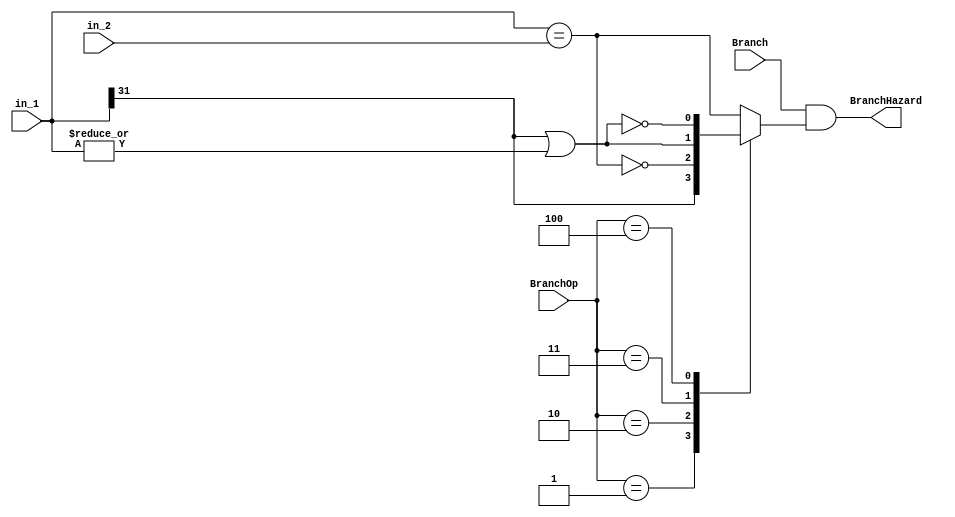
module BranchTest(Branch, BranchOp, in_1, in_2, BranchHazard);
input Branch;
input [2:0] BranchOp;
input [31:0] in_1;
input [31:0] in_2;
output BranchHazard;

reg result;
assign BranchHazard = Branch && result;

always @ (*)
  begin
    case (BranchOp)
      3'b001: // bltz
        result = in_1[31];
      3'b010: // bne
        result = ~(in_1 == in_2);
      3'b011: // blez
        result = in_1[31] || |in_1;
      3'b100: // bgtz
        result = ~(in_1[31] || |in_1);
      default:
        result = in_1 == in_2;
    endcase
  end
endmodule